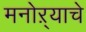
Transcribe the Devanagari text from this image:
मनोऱ्याचे